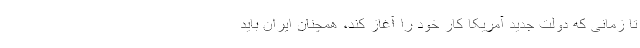
تا زمانی که دولت جدید آمریکا کار خود را آغاز کند، همچنان ایران باید